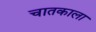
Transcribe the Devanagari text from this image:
चातकाला